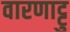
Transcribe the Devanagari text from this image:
वारणाट्टु